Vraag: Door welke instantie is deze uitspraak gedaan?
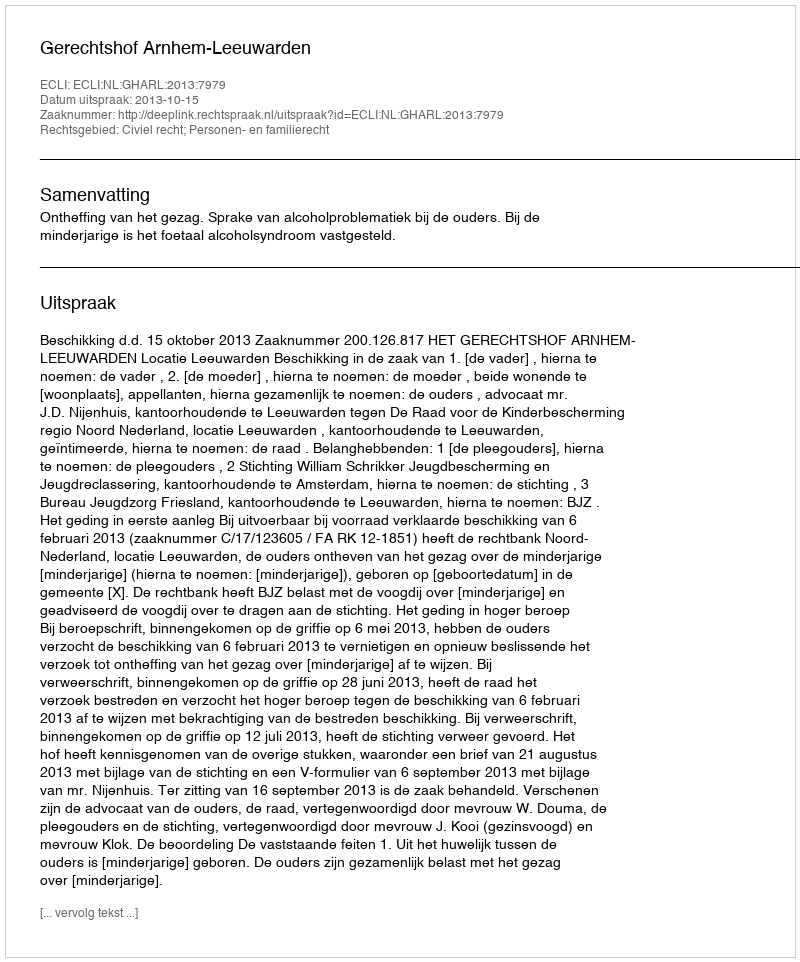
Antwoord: Gerechtshof Arnhem-Leeuwarden